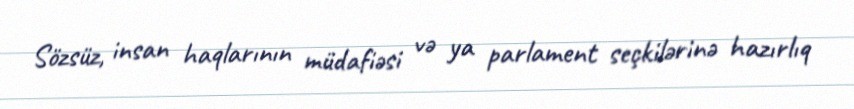
Sözsüz, insan haqlarının müdafiəsi və ya parlament seçkilərinə hazırlıq